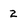
Character: 2